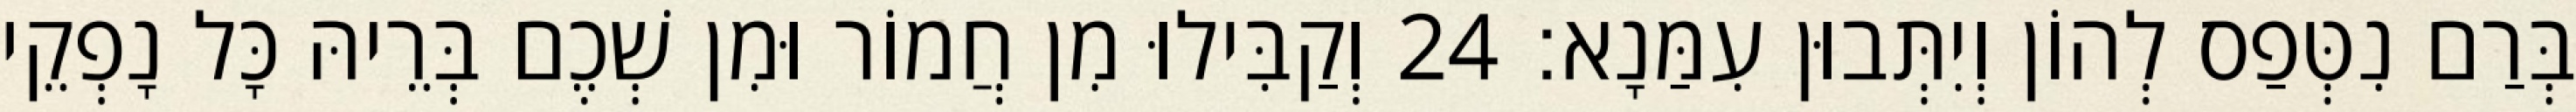
בְּרַם נִטְּפַס לְהוֹן וְיִתְּבוּן עִמַּנָא׃ 24 וְקַבִּילוּ מִן חֲמוֹר וּמִן שְׁכֶם בְּרֵיהּ כָּל נָפְקֵי